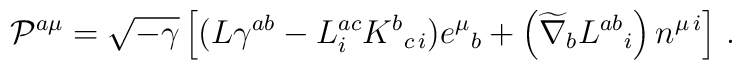
{\cal P}^{a\mu} = \sqrt{-\gamma} \left[ ( L \gamma^{ab} - L^{ac}_{i } K^b{}_{ c\,i}) e^\mu{}_{b}+ \left( \widetilde{\nabla}_b L^{ab}{}_{i} \right) n^{\mu\,i} \right]\,.